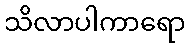
သိလာပါကာရော